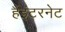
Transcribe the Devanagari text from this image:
हैंइंटरनेट